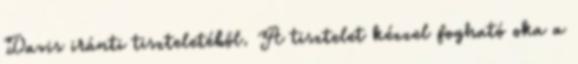
Davis iránti tiszteletéből. A tisztelet kézzel fogható oka a